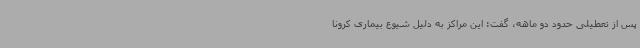
پس از تعطیلی حدود دو ماهه، گفت: این مراکز به دلیل شیوع بیماری کرونا